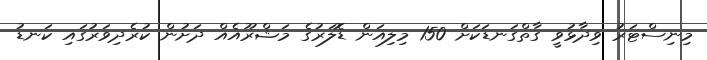
މިނިސްޓަރު ވިދާޅުވީ ގާތްގަނޑަކަށް 150 މިލިއަން ޑޮލަރުގެ މަޝްރޫއެއް ދަށުން ކުރެދިވަރުގައި ކަނޑު